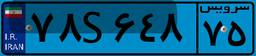
۷۸S۶۴۸۷۵